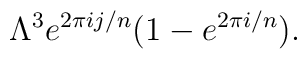
\Lambda^3 e^{2 \pi ij/n} (1-e^{2 \pi i/n}).